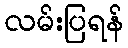
လမ်းပြရန်